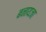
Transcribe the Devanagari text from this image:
बनायजा